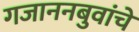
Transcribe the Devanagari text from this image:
गजाननबुवांचे